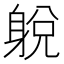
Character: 𨉋